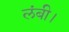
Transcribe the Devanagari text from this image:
लंबी।